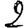
Digit: 2